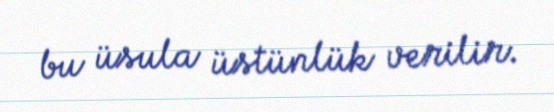
bu üsula üstünlük verilir.